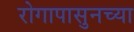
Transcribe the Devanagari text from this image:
रोगापासुनच्या